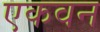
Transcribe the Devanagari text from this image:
एकवन